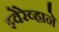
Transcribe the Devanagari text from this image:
झ्वेरेव्हाने